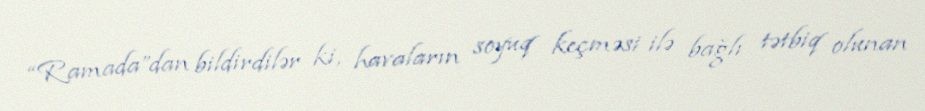
“Ramada”dan bildirdilər ki, havaların soyuq keçməsi ilə bağlı tətbiq olunan